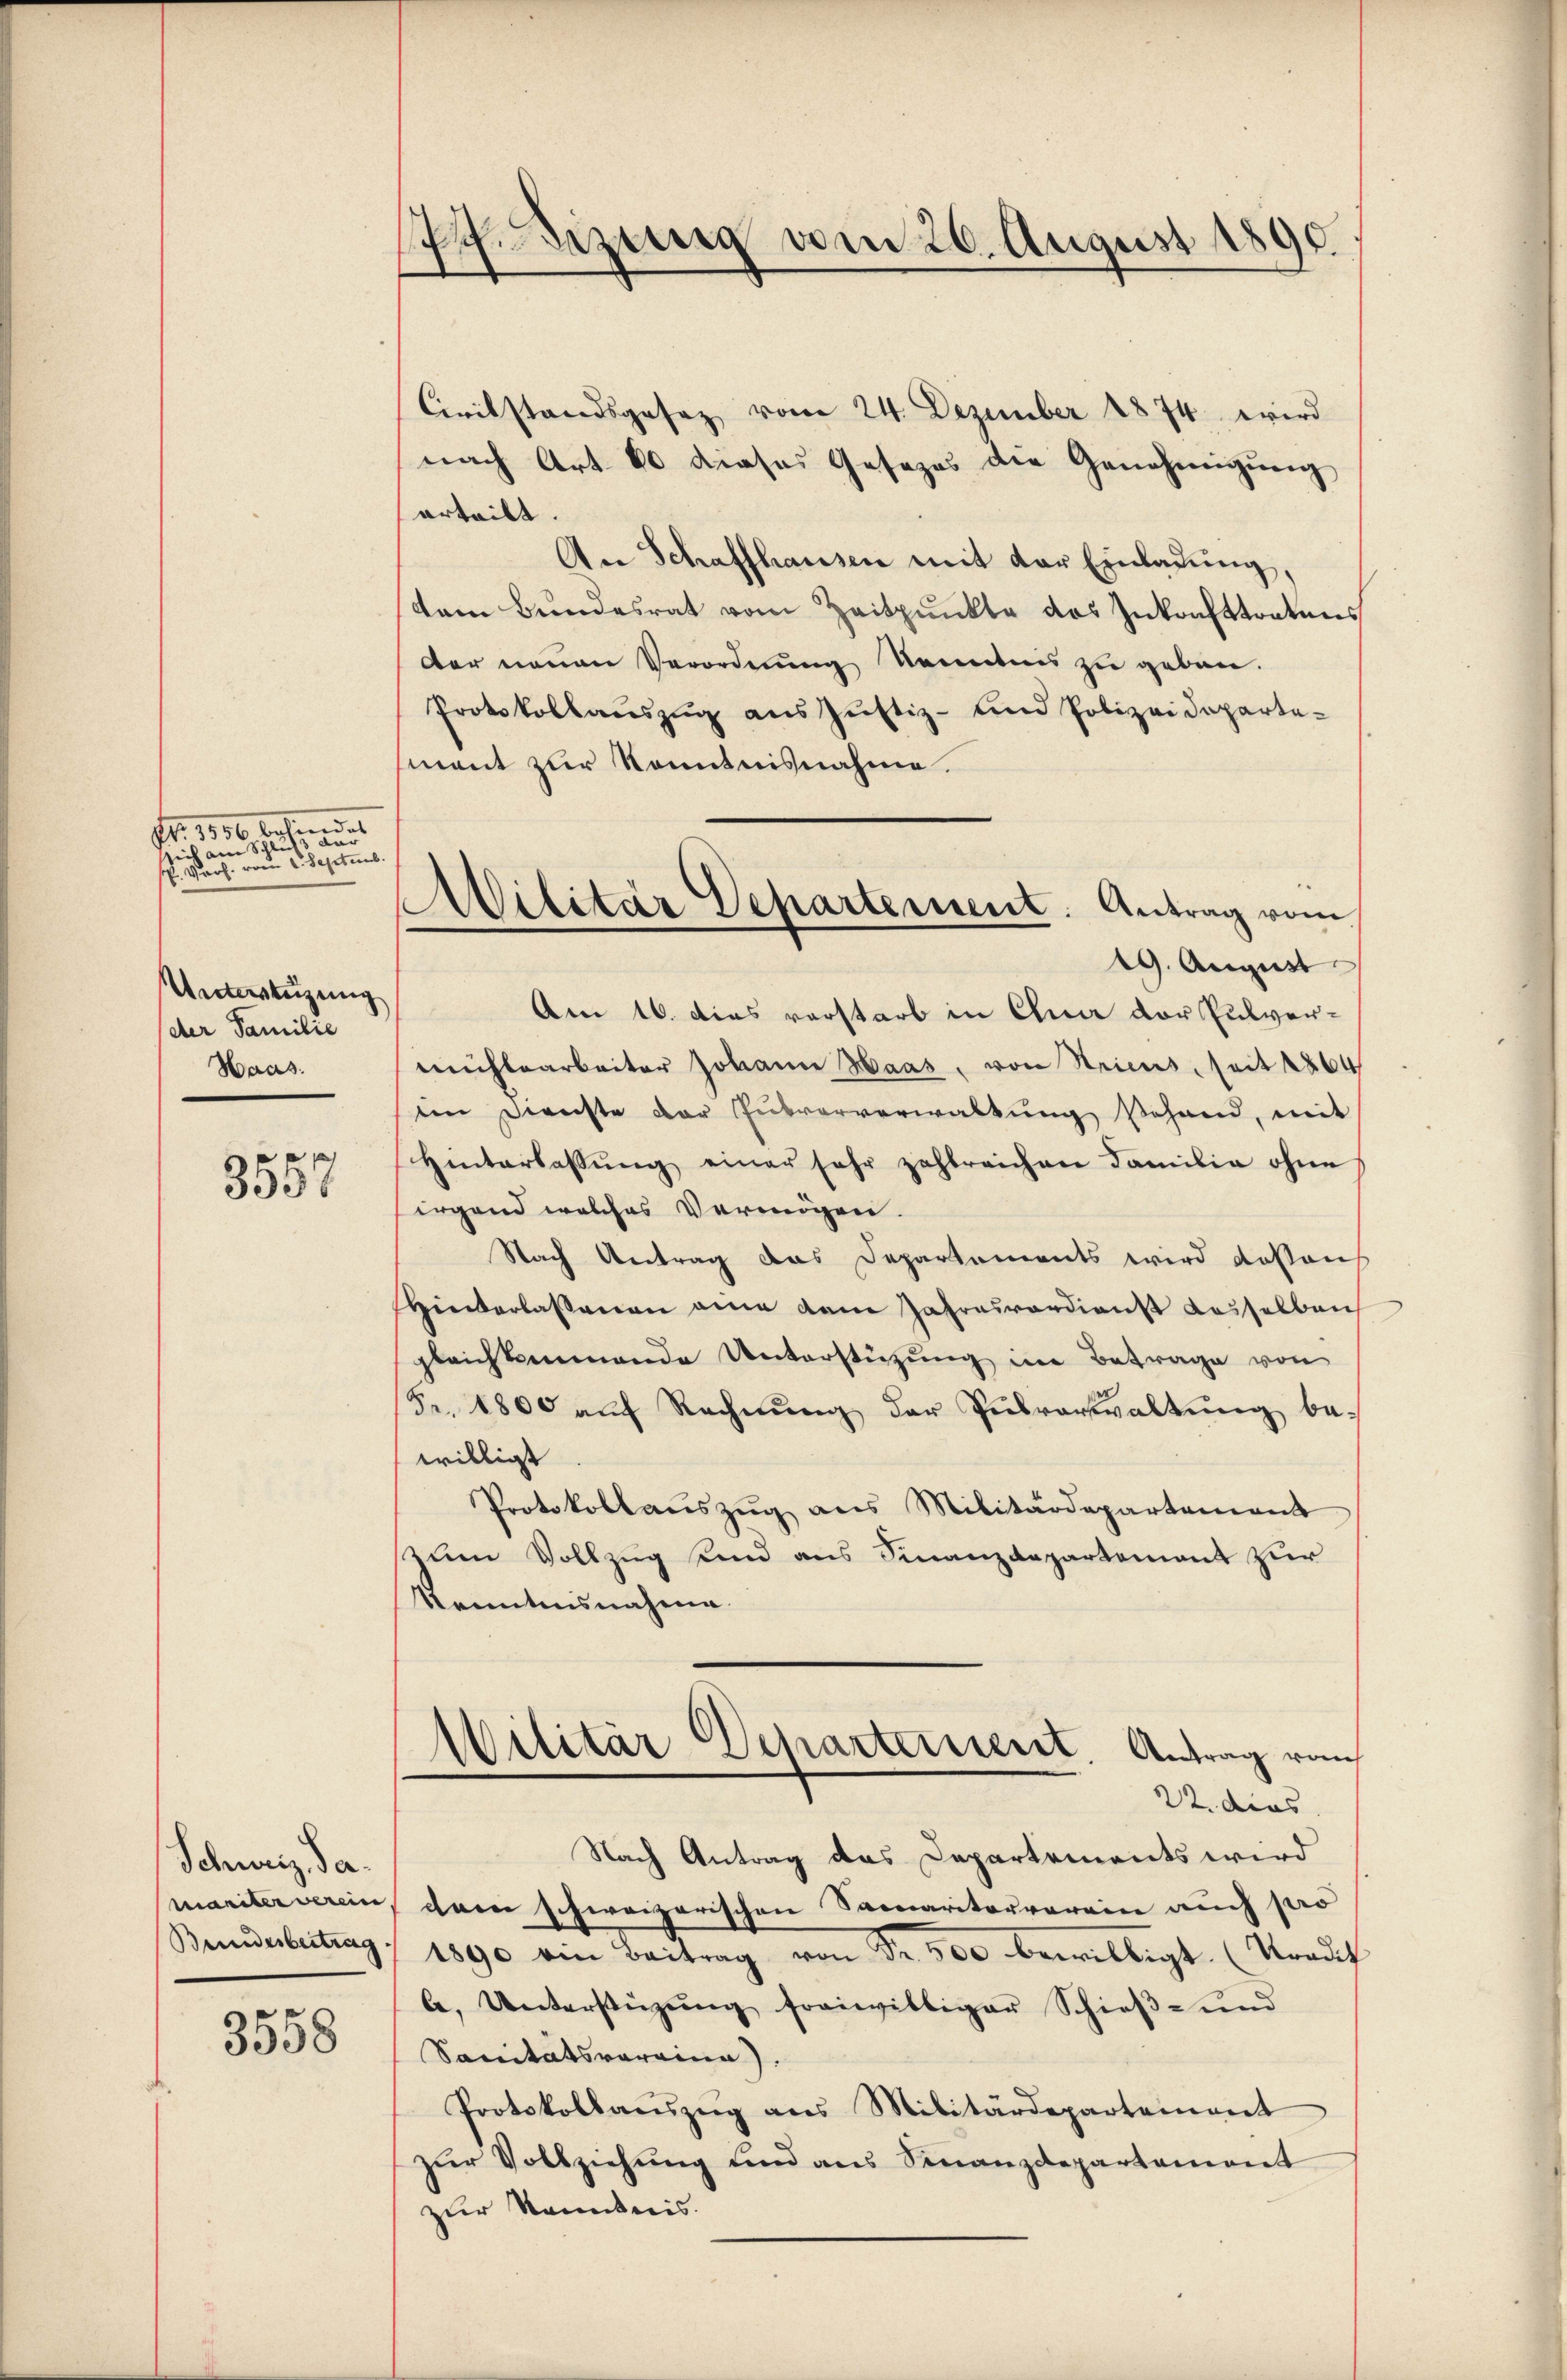
Nr. 1850 befindet
sich am Schluß de
P. Verf. vom 1. Septemb.
Unterstüzung
der Familie
Haas:

3557

r

Schweiz da.
mariter verein
Brindesbeitrag

3558

dizung vom 26. August 1890.

Militär Departement. Antrag vom
19. August
Am 16. dies vorstarb in Qua der Pulver¬

Civilstandsgesetz vom 24. Dezember 1874 wird
nach Art. 80 dieses Gesezes die Genehmigung
erteilt.
An Schaffhausen mit der Einladung,
dem Bundesrat vom Zeitpunkte des Inkonfttretens
der neuen Verordnung Kenntnis zu geben.
Protokollaŭszŭg aŭs Jŭstiz- und Polizeideparte-
ment zur Kenntnisnahme.
mühlearbeiter Johann Haas, von Seiens, seit 1864
in Dienste der Pubvorverwaltŭng sehend, mit
Hinterlassŭng einer sehr zahlreichen Familie ohne
irgend welches Vermögen.
Nach Antrag das Departements wird daß aus
Hiederlassenen eine dem Jahresverdienst dasselben
gleichkommende Unterstüzung im Betrage von
Fr. 1800 auf Rechnung der Pulverwaltung be-
willigt
Protokollauszug aus Militärdepartement
zum Vollzug sind aus Finanzdepartement zur
Kenntnisnahme.
Militär Departement. Antrag vom
e
22. dies
Nach Antrag das Departements wird
dem schweizerischen Samaritorverein auch sero
1890 am Beitrag von Fr. 500 bewilligt. (Tradit
A. Unterstützŭng freiwilliger Schieβ- und
Sanitätsvoraina).
Protokollaŭszŭg ans Militärdepartement
zŭr Vollziehŭng und aus Sinanzdepartement
zur Kenntnis.